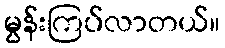
မွန်းကြပ်လာတယ်။